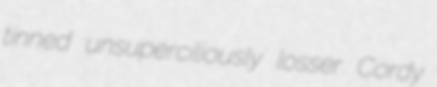
tinned unsuperciliously losser Cordy